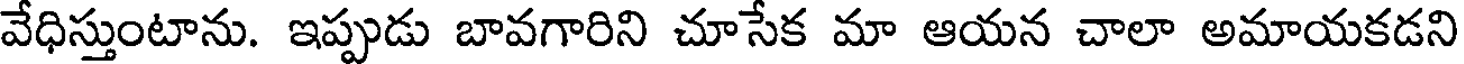
వేధిస్తుంటాను. ఇప్పుడు బావగారిని చూసేక మా ఆయన చాలా అమాయకడని